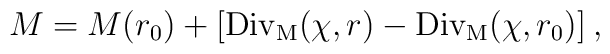
M = M(r_0)+ [{\rm Div_M}(\chi,r)-     {\rm Div_M}(\chi,r_0)] \:,